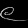
Digit: ၉